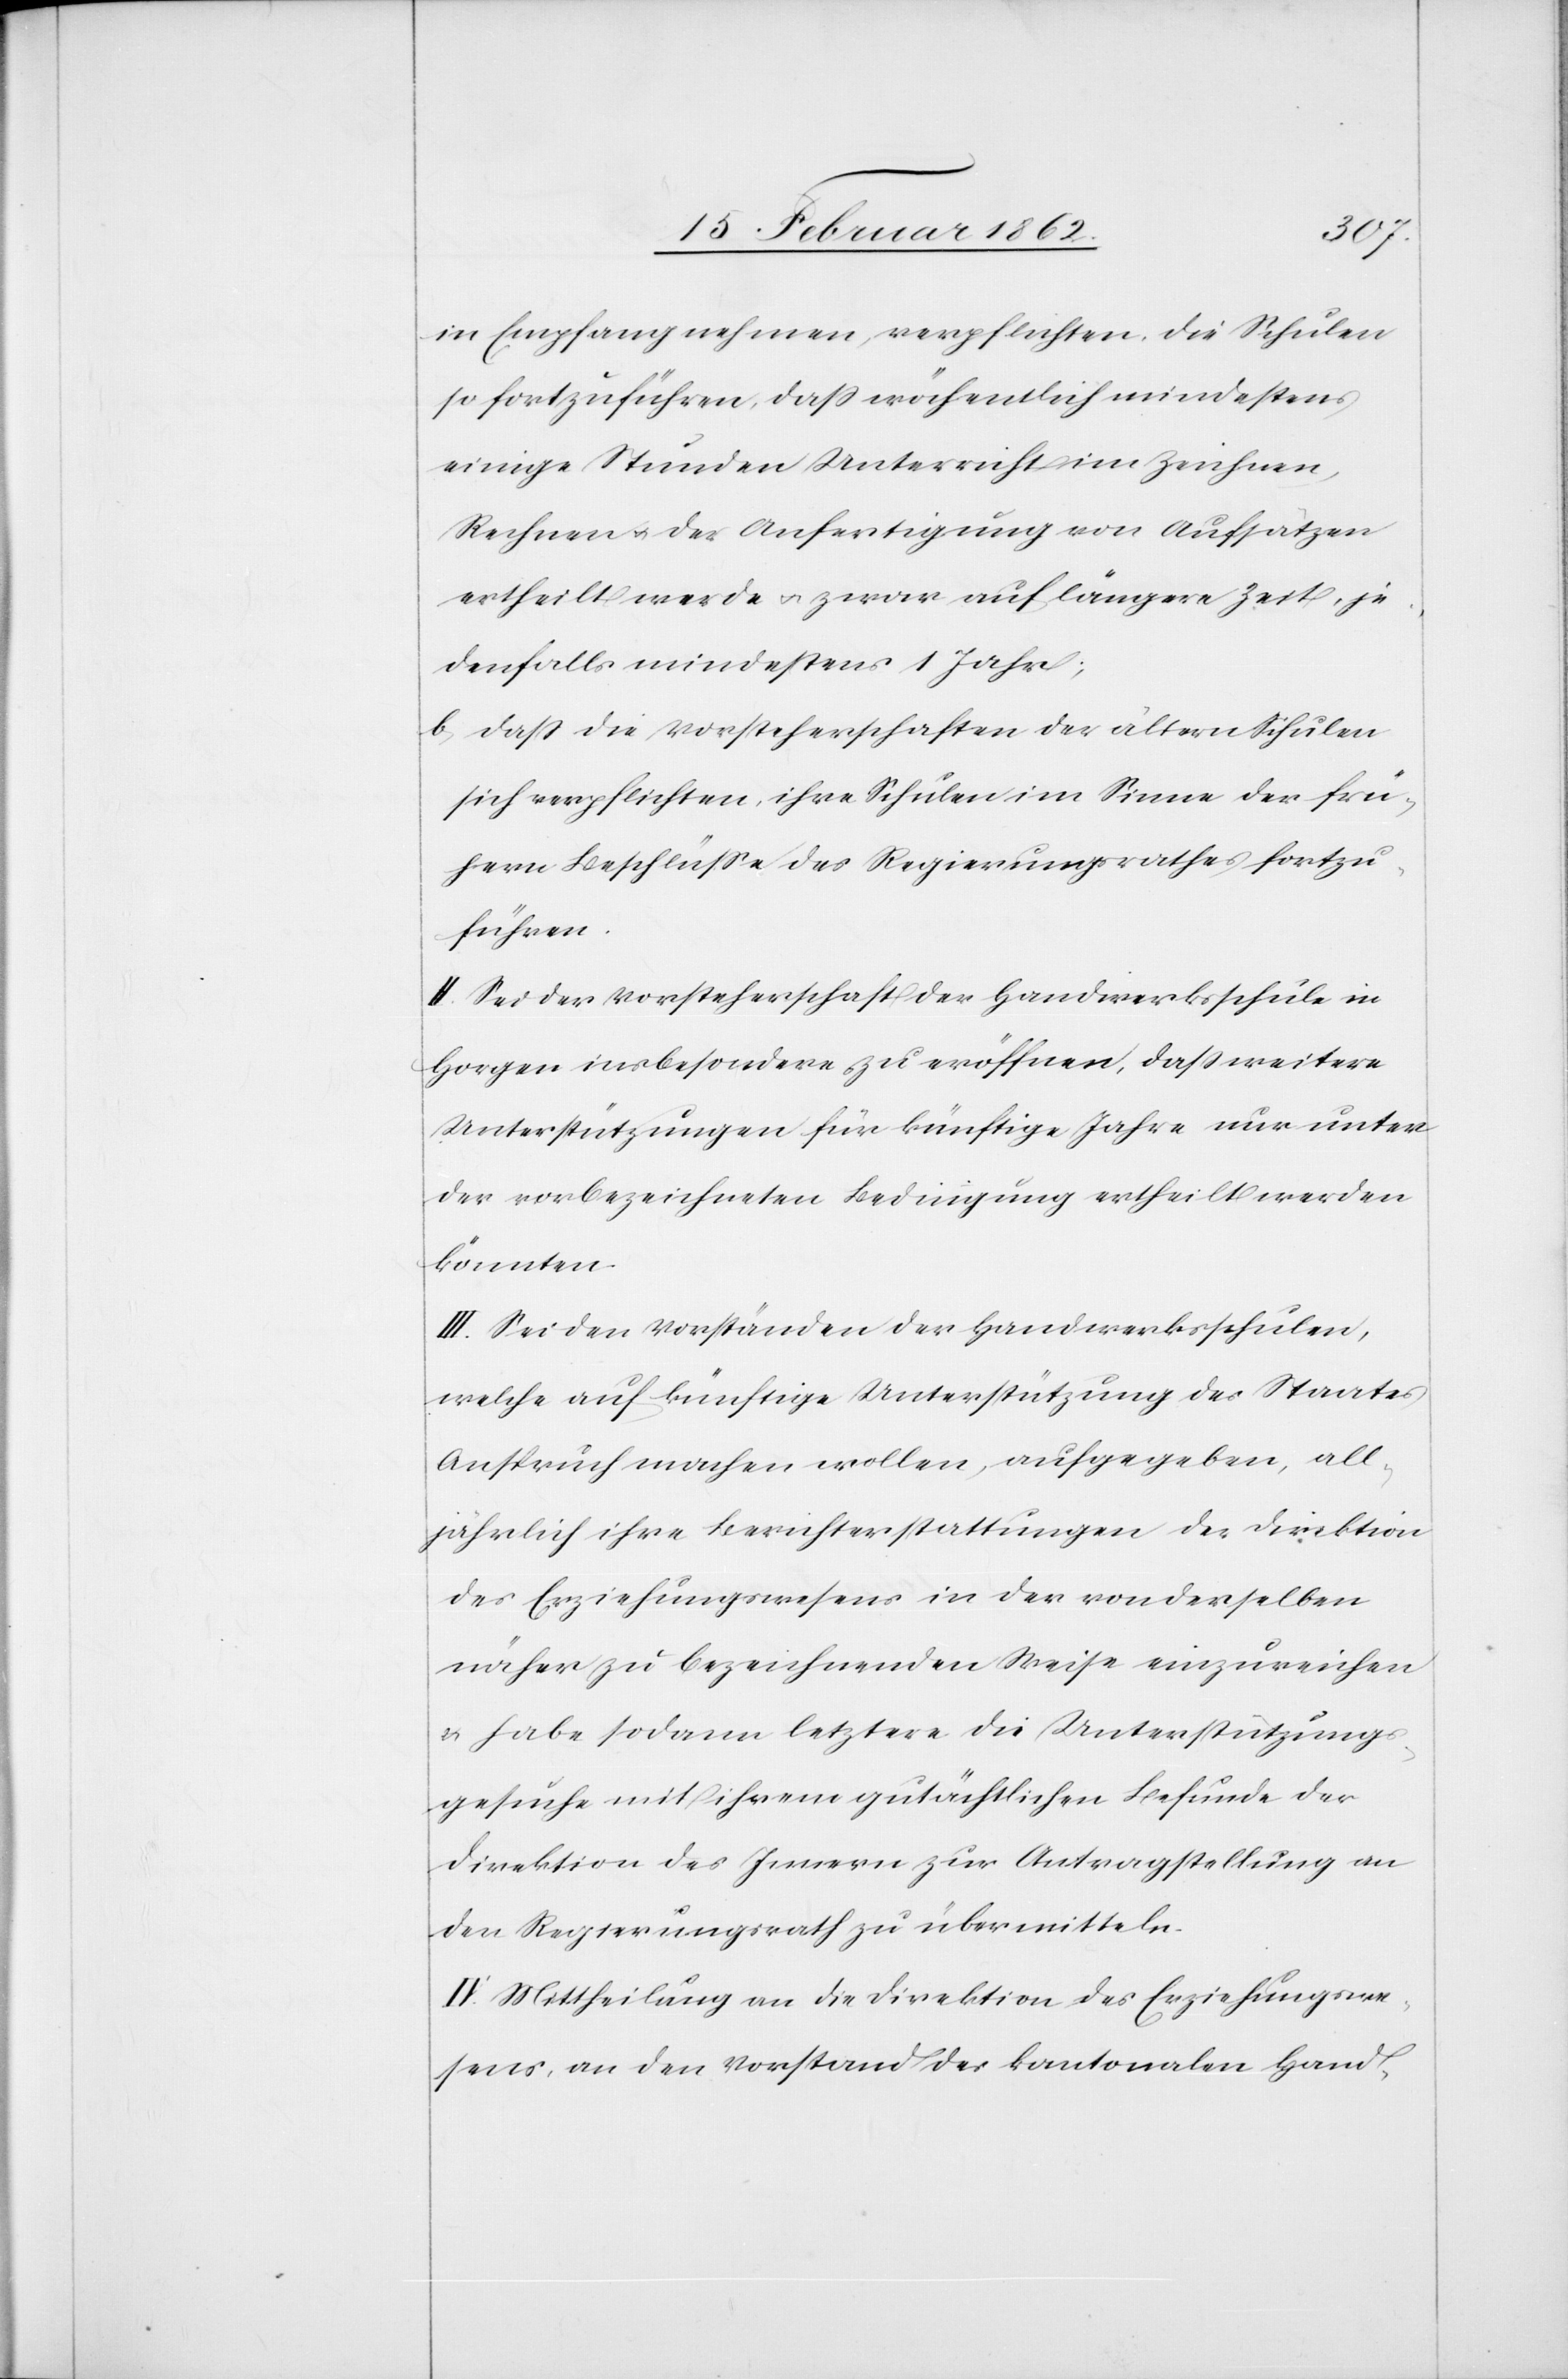
in Empfang nehmen, verpflichten, die Schulen
so fortzuführen, daß wöchentlich mindestens
einige Stunden Unterricht im Zeichnen,
Rechnen u. der Anfertigung von Aufsätzen
ertheilt werde u. zwar auf längere Zeit, je¬
denfalls mindestens 1 Jahr;
b) daß die Vorsteherschaften der ältern Schulen
sich verpflichten, ihre Schulen im Sinne der frü¬
hern Beschlüsse des Regierungsrathes fortzu¬
führen.
II. Sei der Vorsteherschaft der Handwerksschule in
Horgen insbesondere zu eröffnen, daß weitere
Unterstützungen für künftige Jahre nur unter
der vorbezeichneten Bedingung ertheilt werden
könnten.
III. Sei den Vorständen der Handwerksschulen,
welche auf künftige Unterstützung des Staats
Anspruch machen wollen, aufgegeben, all¬
jährlich ihre Berichterstattungen der Direktion
des Erziehungswesens in der von derselben
näher zu bezeichnenden Weise einzureichen
& habe sodann letztere die Unterstützungs¬
gesuche mit ihrem gutächtlichen Befunde der
Direktion des Innern zur Antragstellung an
den Regierungsrath zu übermitteln.
IV. Mittheilung an die Direktion des Erziehungswe¬
sens, an den Vorstand des kantonalen Hand-